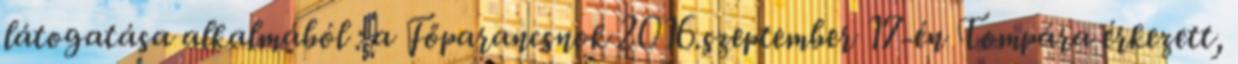
látogatása alkalmából : a Főparancsnok 2016.szeptember 17-én Tompára érkezett,